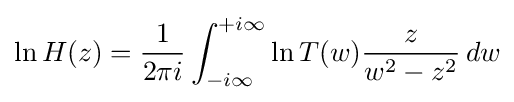
\ln H(z)={\frac {1}{2\pi i}}\int _{-i\infty }^{+i\infty }\ln T(w){\frac {z}{w^{2}-z^{2}}}\,dw